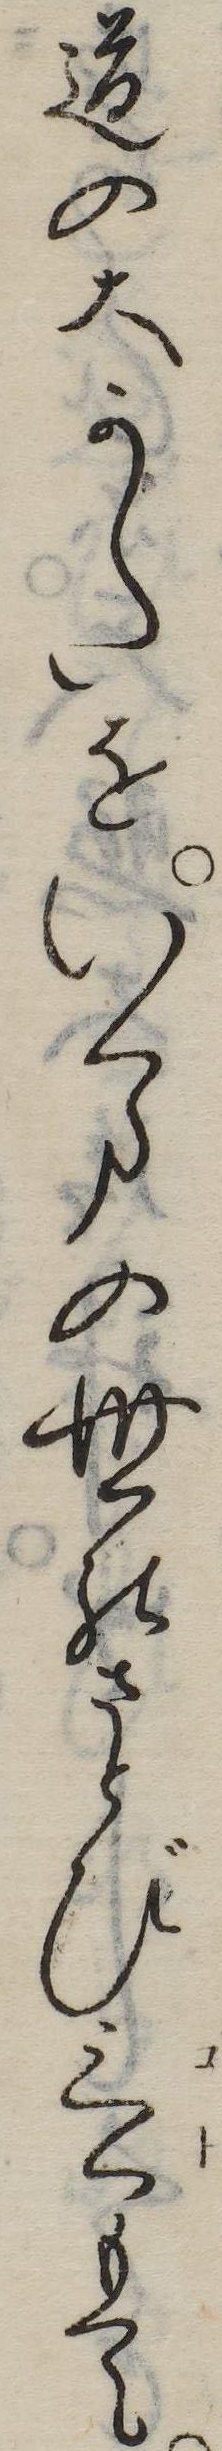
道の大かたをいまの世のさとび言もて